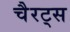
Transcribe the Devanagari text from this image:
चैरट्स